Code of medical and sanitary regulations for the guidance of medical officers serving in the Madras Presidency - Volume II
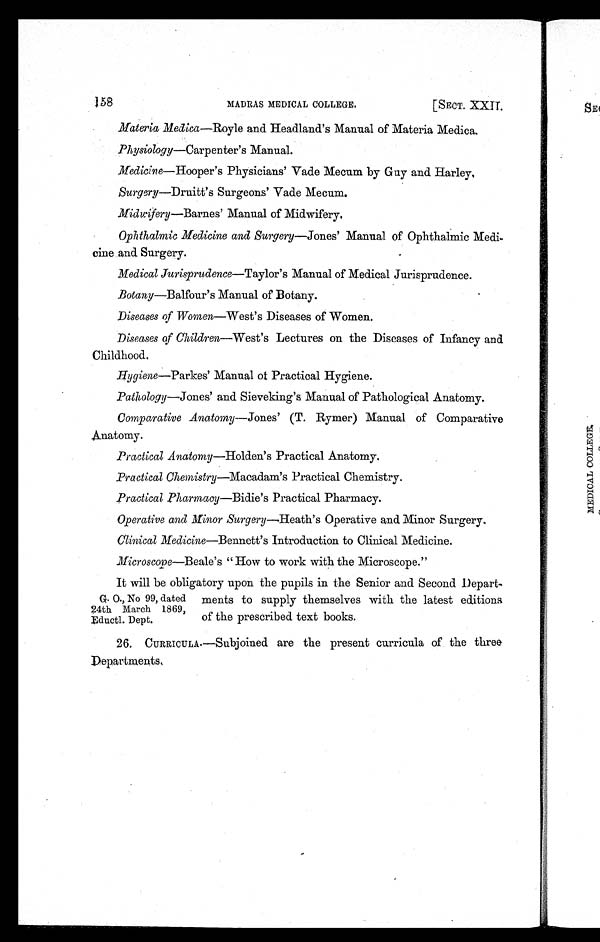
158
[SECT. XXII.
MADRAS MEDICAL COLLEGE.
Materia Medica—Royle and Headland's Manual of Materia Medica.
Physiology—Carpenter's Manual.
Medicine—Hooper's Physicians' Vade Mecum by Guy and Harley,
Surgery—Druitt's Surgeons' Vade Mecum.
Midwifery—Barnes' Manual of Midwifery.
Ophthalmic Medicine and Surgery—Jones' Manual of Ophthalmic Medi-
cine and Surgery.
Medical Jurisprudence—Taylor's Manual of Medical Jurisprudence.
Botany—Balfour's Manual of Botany.
Diseases of Women—West's Diseases of Women.
Diseases of Children—West's Lectures on the Diseases of Infancy and
Childhood.
Hygiene—Parkes' Manual of Practical Hygiene.
Pathology—Jones' and Sieveking's Manual of Pathological Anatomy.
Comparative Anatomy —Jones' (T. Rymer) Manual of Comparative
Anatomy.
Practical Anatomy—Holden's Practical Anatomy.
Practical Chenistry—Macadam's Practical Chemistry.
Practical Pharmacy—Bidie's Practical Pharmacy.
Operative and Minor Surgery —Heath's Operative and Minor Surgery.
Clinical Medicine—Bennett's Introduction to Clinical Medicine.
Microscope—Beale's "How to work with the Microscope."
It will be obligatory upon the pupils in the Senior and Second Depart-
G. O., No 99, dated ments to supply themselves with the latest editions
24th March 1869 of the prescribed text books.
Eductl
Dept.
26. CURRICULA.—Subjoined are the present curricula of the three
Departments.